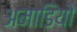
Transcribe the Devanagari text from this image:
अमाडियो